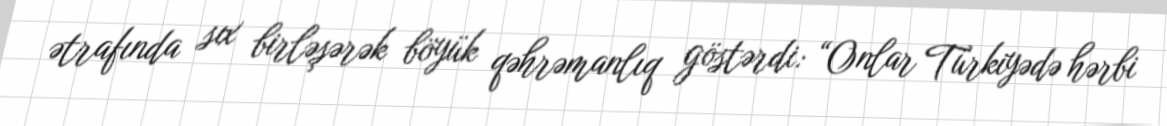
ətrafında sıx birləşərək böyük qəhrəmanlıq göstərdi: “Onlar Türkiyədə hərbi